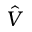
\hat { V }